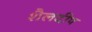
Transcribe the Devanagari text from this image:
शैलदीप